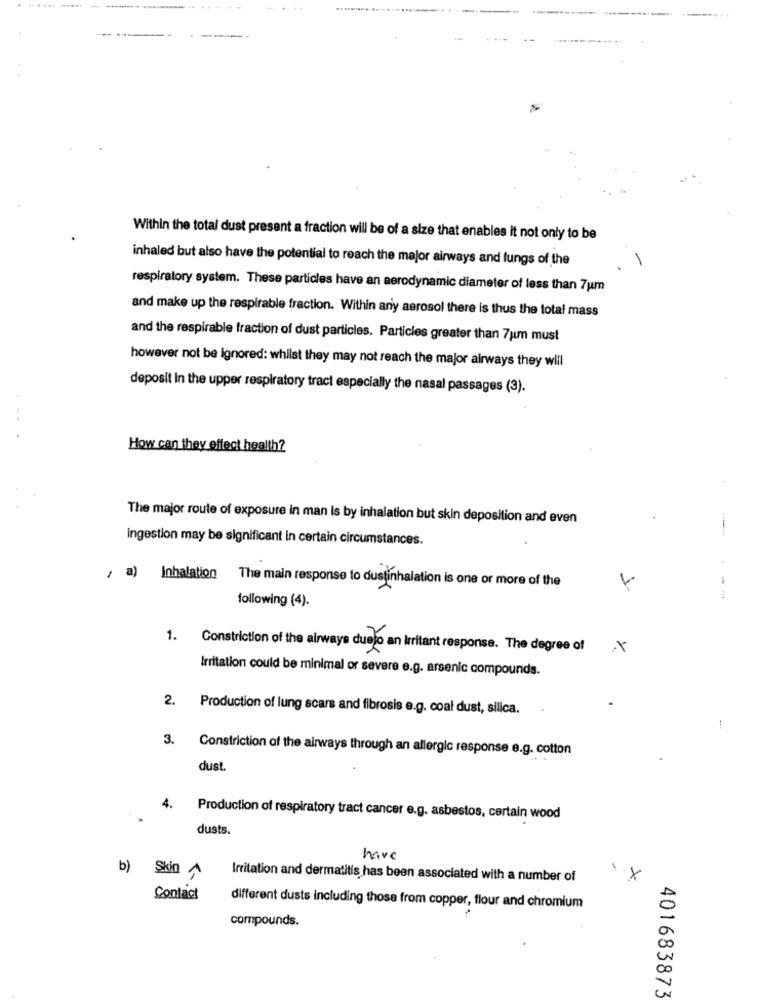
Within the total dust present a fraction will be of a size that enables it not only to be
inhaled but also have the potential to reach the major airways and lungs of the
respiratory system. These particles have an aerodynamic diameter of less than 7um
and make up the respirable fraction. Within any aerosol there is thus the total mass
and the respirable fraction of dust particles. Particles greater than 7um must
however not be Ignored: whilst they may not reach the major airways they will
deposit In the upper respiratory tract especially the nasal passages (3).
How can they effect health?
The major route of exposure in man Is by inhalation but skin deposition and even
ingestion may be significant in certain circumstances.
, a) Inhalation The main response to dustinhalation is one or more of the
following (4).
1. Constriction of the airways duelo an Irritant response. The degree of
x
Irritation could be minimal or severe e.g. arsenic compounds.
2. Production of lung scars and fibrosis e.g. coal dust, silica.
3. Constriction of the airways through an allergic response e.g. cotton
dust.
4.
Production of respiratory tract cancer e.g. asbestos, certain wood
dusts.
have
b) Skin ^
Irritation and dermatitis has been associated with a number of
Contact
different dusts including those from copper, flour and chromium
compounds.
401683873